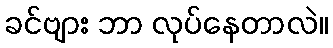
ခင်ဗျား ဘာ လုပ်နေတာလဲ။